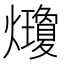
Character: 𤓇